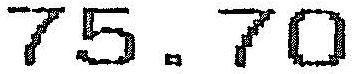
75.70